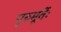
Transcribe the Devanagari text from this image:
गुरुमूर्तेः